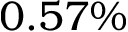
0 . 5 7 \%